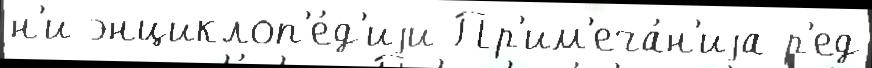
н'и энциклоп'е́д'иjи Пр'им'еча́н'иjа р'ед